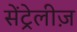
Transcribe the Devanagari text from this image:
सेंट्रेलीज़